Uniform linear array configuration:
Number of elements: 4
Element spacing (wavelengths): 0.75
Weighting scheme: hann
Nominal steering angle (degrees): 45
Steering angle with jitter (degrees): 46.443
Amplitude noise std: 0.05
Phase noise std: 0.05

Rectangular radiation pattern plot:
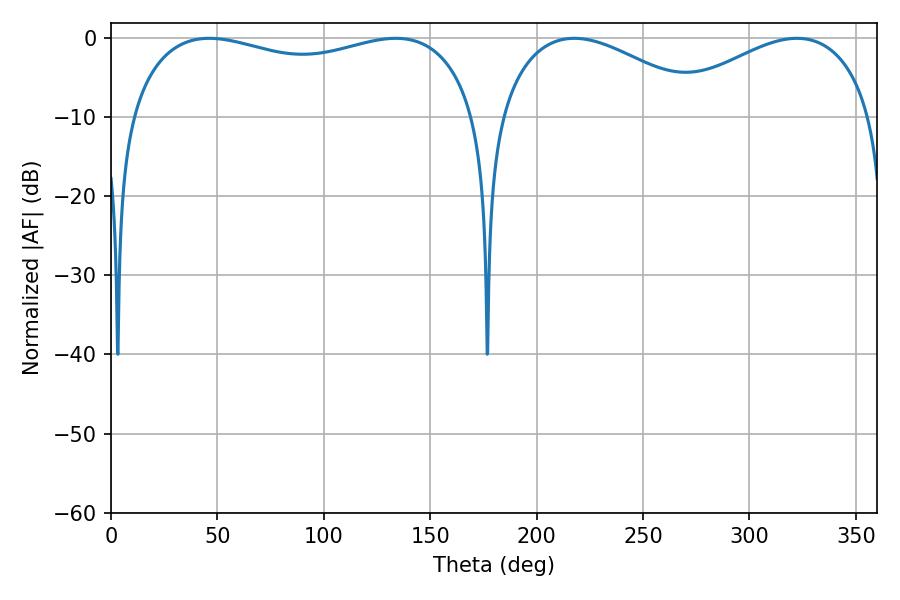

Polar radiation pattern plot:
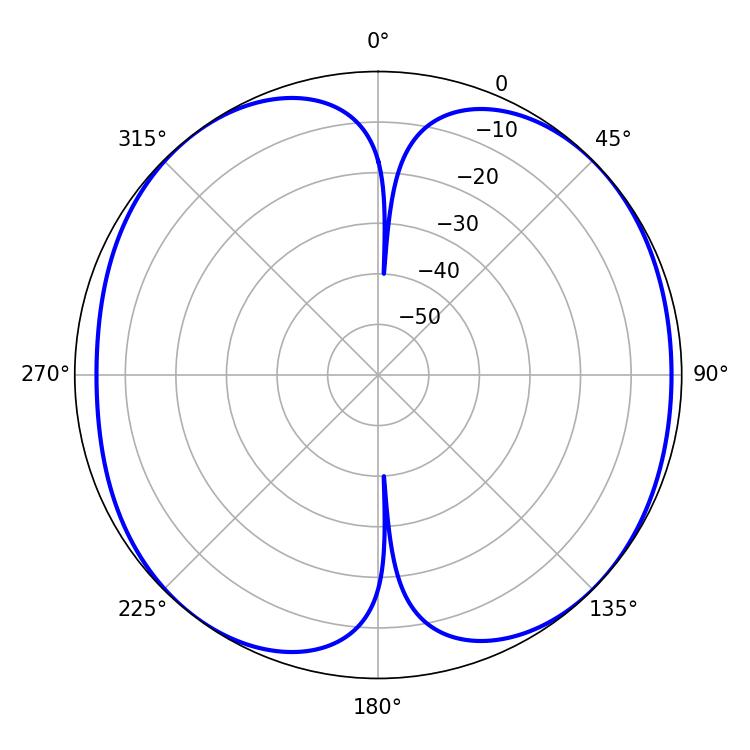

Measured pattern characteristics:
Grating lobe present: TRUE
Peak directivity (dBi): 9.447
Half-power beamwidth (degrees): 134.28
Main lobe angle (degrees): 46.26